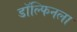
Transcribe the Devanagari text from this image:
डॉल्फिनला